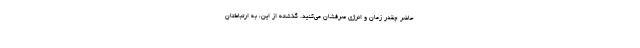
حاضر چقدر زمان و انرژی صرفشان می‌کنید. گذشته از این، به ارتباطتان